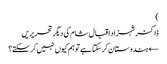
)
ڈاکٹر شہزاد اقبال شام کی دیگر تحریریں
← ہندوستان کر سکتا ہے تو ہم کیوں نہیں کر سکتے؟